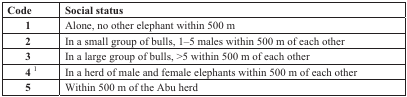
<table><thead><tr><td><b>Code</b></td><td><b>Social status</b></td></tr></thead><tbody><tr><td><b>1</b></td><td>Alone, no other elephant within 500 m</td></tr><tr><td><b>2</b></td><td>In a small group of bulls, 1–5 males within 500 m of each other</td></tr><tr><td><b>3</b></td><td>In a large group of bulls, &gt;5 within 500 m of each other</td></tr><tr><td><b>4 <sup>1</sup></b></td><td>In a herd of male and female elephants within 500 m of each other</td></tr><tr><td><b>5</b></td><td>Within 500 m of the Abu herd</td></tr></tbody></table>